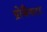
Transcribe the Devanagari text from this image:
प्रोजैक्टर